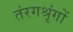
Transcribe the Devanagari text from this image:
तंरगश्रृंगों